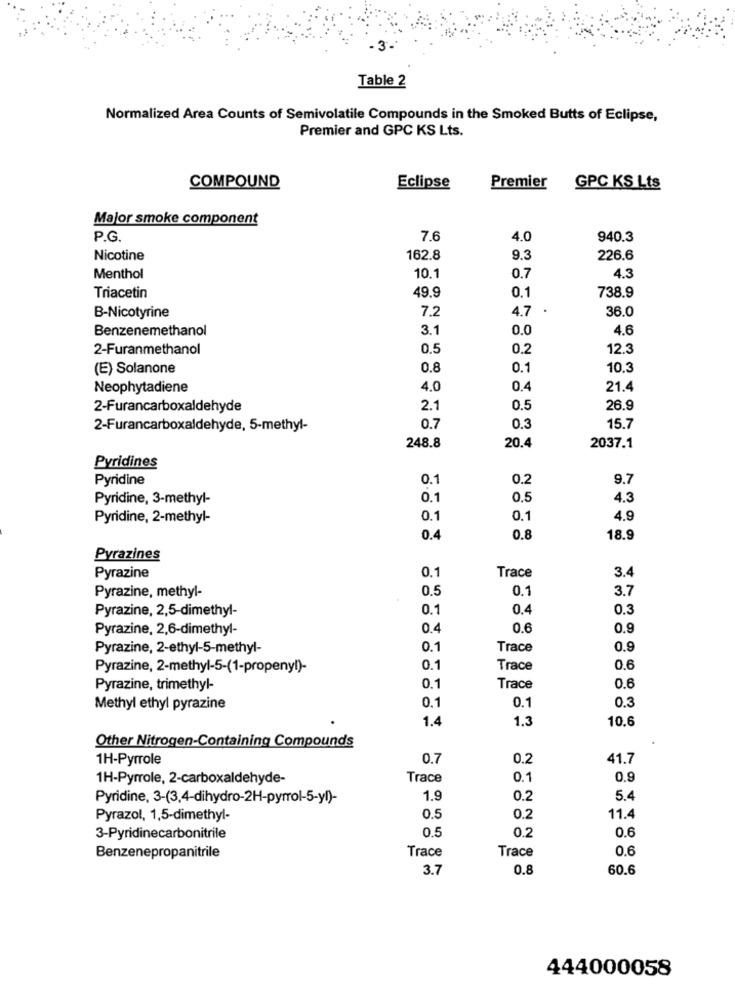
Table 2
Normalized Area Counts of Semivolatile Compounds in the Smoked Butts of Eclipse,
Premier and GPC KS Lts.
COMPOUND
Eclipse
Premier
GPC KS Lts
Major smoke component
P.G.
7.6
4.0
940.3
Nicotine
162.8
9.3
226.6
Menthol
10.1
0.7
4.3
49.9
Triacetin
0.1
738.9
7.2
4.7 .
36.0
B-Nicotyrine
Benzenemethanol
3.1
0.0
4.6
2-Furanmethanol
0.5
0.2
12.3
(E) Solanone
0.8
0.1
10.3
Neophytadiene
4.0
0.4
21.4
2-Furancarboxaldehyde
2.1
0.5
26.9
2-Furancarboxaldehyde, 5-methyl-
0.7
0.3
15.7
248.8
20.4
2037.1
Pyridines
Pyridine
0.1
0.2
9.7
Pyridine, 3-methyl-
0.1
0.5
4.3
Pyridine, 2-methyl-
0.1
0.1
4.9
0.4
0.8
18.9
Pyrazines
0.1
Trace
3.4
Pyrazine
Pyrazine, methyl-
0.5
0.1
3.7
Pyrazine, 2,5-dimethyl-
0.1
0.4
0.3
Pyrazine, 2,6-dimethyl-
0.4
0.6
0.9
Pyrazine, 2-ethyl-5-methyl-
0.1
Trace
0.9
Pyrazine, 2-methyl-5-(1-propenyl)-
0.1
Trace
0.6
Pyrazine, trimethyl-
0.1
Trace
0.6
0.1
0.1
0.3
Methyl ethyl pyrazine
1.4
1.3
10.6
Other Nitrogen-Containing Compounds
1H-Pyrrole
0.7
0.2
41.7
1H-Pyrrole, 2-carboxaldehyde-
Trace
0.1
Pyridine, 3-(3,4-dihydro-2H-pyrrol-5-yl)-
1.9
0.2
5.4
Pyrazol, 1,5-dimethyl-
0.5
0.2
11.4
0.5
0.2
3-Pyridinecarbonitrile
0.6
Trace
0.6
Benzenepropanitrile
Trace
3.7
0.8
60.6
444000058